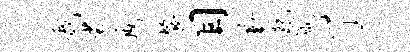
哉裟斯餐目勤龙箴了